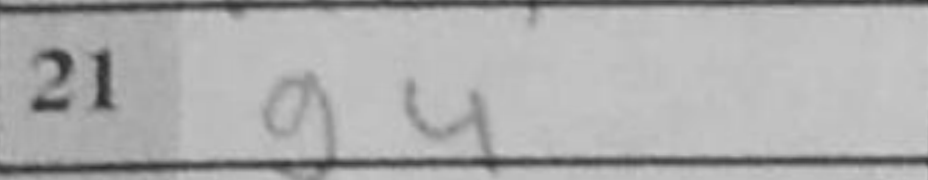
Transcription: g4